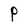
Character: P